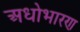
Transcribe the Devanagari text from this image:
अधोभारण